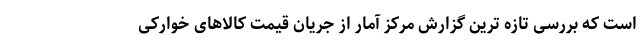
است که بررسی تازه ترین گزارش مرکز آمار از جریان قیمت کالاهای خوارکی